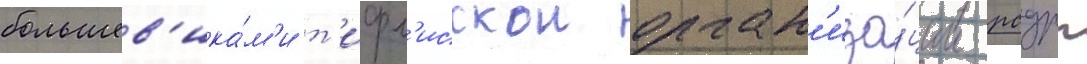
большев'ика́м'и т'ифл'исскои орган'иза́ции рсдрп